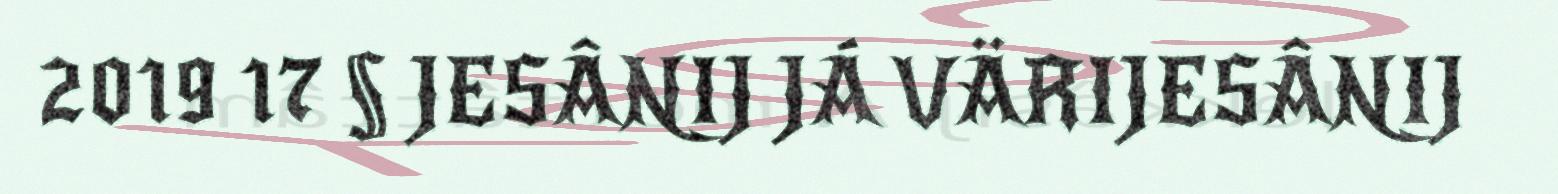
2019 17 § JESÂNIJ JÁ VÄRIJESÂNIJ